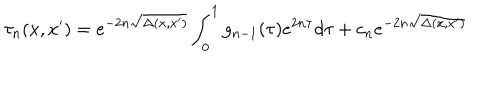
\tau _ { n } ( x , x ^ { \prime } ) = e ^ { - 2 n \sqrt { \Delta ( x , x ^ { \prime } ) } } \int _ { 0 } ^ { 1 } g _ { n - 1 } ( \tau ) e ^ { 2 n \tau } d \tau + c _ { n } e ^ { - 2 n \sqrt { \Delta ( x , x ^ { \prime } ) } }